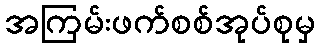
အကြမ်းဖက်စစ်အုပ်စုမှ